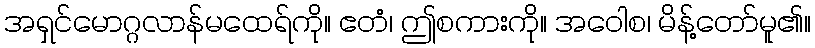
အရှင်မောဂ္ဂလာန်မထေရ်ကို။ ဧတံ၊ ဤစကားကို။ အဝေါစ၊ မိန့်တော်မူ၏။